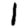
Digit: 1